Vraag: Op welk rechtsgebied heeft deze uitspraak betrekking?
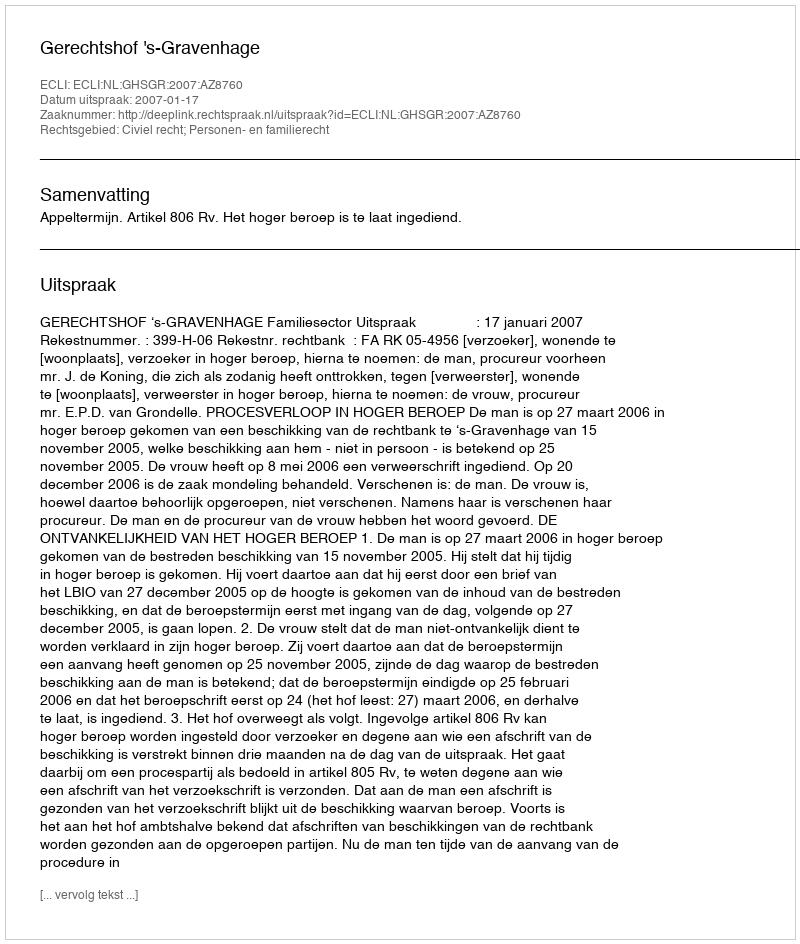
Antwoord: Civiel recht; Personen- en familierecht